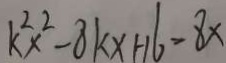
k ^ { 2 } x ^ { 2 } - 8 k x + 1 6 = 8 x